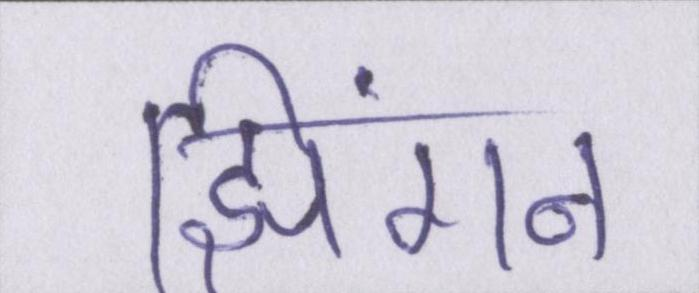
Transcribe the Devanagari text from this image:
झिंगन